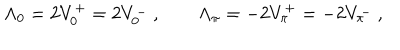
\Lambda _ { 0 } = 2 V _ { 0 } ^ { + } = 2 V _ { 0 } ^ { - } \ , \qquad \Lambda _ { \pi } = - 2 V _ { \pi } ^ { + } = - 2 V _ { \pi } ^ { - } \ ,